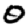
Digit: 0